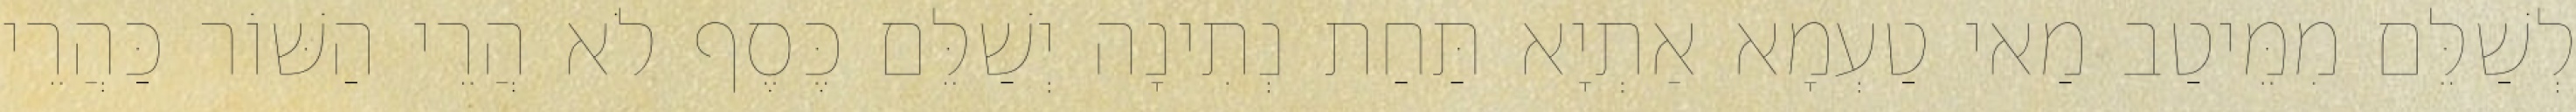
לְשַׁלֵּם מִמֵּיטַב מַאי טַעְמָא אַתְיָא תַּחַת נְתִינָה יְשַׁלֵּם כֶּסֶף לֹא הֲרֵי הַשּׁוֹר כַּהֲרֵי